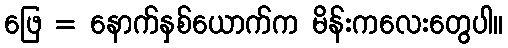
ဖြေ = နောက်နှစ်ယောက်က မိန်းကလေးတွေပါ။